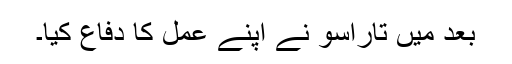
بعد میں تاراسو نے اپنے عمل کا دفاع کیا۔